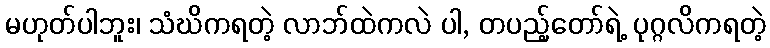
မဟုတ်ပါဘူး၊ သံဃိကရတဲ့ လာဘ်ထဲကလဲ ပါ, တပည့်တော်ရဲ့ ပုဂ္ဂလိကရတဲ့